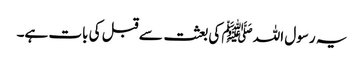
یہ رسول اللہ ﷺ کی بعثت سے قبل کی بات ہے۔